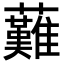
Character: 䕼